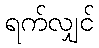
ရက်လျှင်